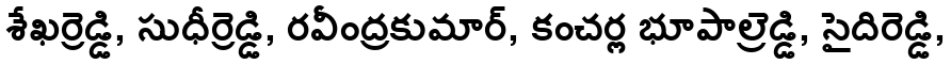
శేఖర్రెడ్డి, సుధీర్రెడ్డి, రవీంద్రకుమార్, కంచర్ల భూపాల్రెడ్డి, సైదిరెడ్డి,